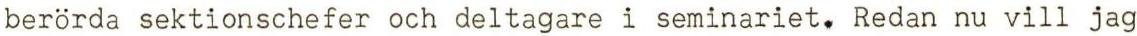
berörda sektionschefer och deltagare i seminariet. Redan nu vill jag